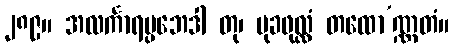
၂၈၉။ အလင်္ကာရပ္ပဘေဒါ တု၊ မုခဖုလ္လံ တထော’ဏ္ဏတံ။